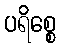
ပရိစ္စေ